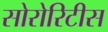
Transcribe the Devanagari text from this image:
सोरोरिटीस